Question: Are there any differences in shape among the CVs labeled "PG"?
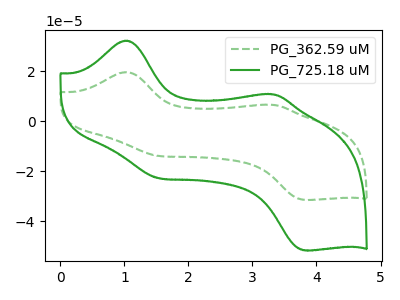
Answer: <think>The green dashed curve "PG_362.59 uM" has anodic peaks at (1.00V, 19.65uA) (3.30V, 6.55uA) and cathodic peaks at (1.55V, -13.85uA) (3.80V, -31.50uA). The green curve "PG_725.18 uM" has anodic peaks at (1.00V, 32.25uA) (3.30V, 10.75uA) and cathodic peaks at (1.55V, -22.75uA) (3.80V, -51.70uA).
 All the peaks in "PG_362.59 uM" have a peak in "PG_725.18 uM" at the same potential. Every peak in "PG_362.59 uM" is lower than every peak in "PG_725.18 uM".</think>
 <answer>All the CV's of "PG" have similar shape.</answer>
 <eval>follow_rule</eval>